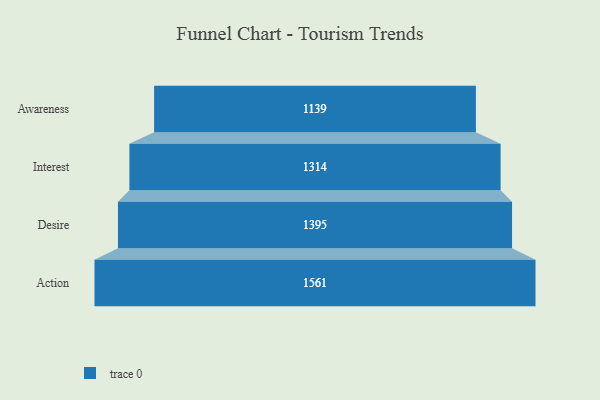
{"axis": {"x": "Stage", "y": "Value"}, "legend": [""], "data": [{"x": "Awareness", "y": 1139.0, "type": ""}, {"x": "Interest", "y": 1314.0, "type": ""}, {"x": "Desire", "y": 1395.0, "type": ""}, {"x": "Action", "y": 1561.0, "type": ""}]}